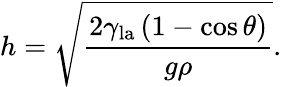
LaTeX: h={\sqrt{\frac{2\gamma_{\mathrm{la}}\left(1-\cos\theta\right)}{g\rho}}}.